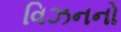
વિઝનનો